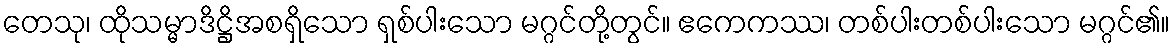
တေသု၊ ထိုသမ္မာဒိဋ္ဌိအစရှိသော ရှစ်ပါးသော မဂ္ဂင်တို့တွင်။ ဧကေကဿ၊ တစ်ပါးတစ်ပါးသော မဂ္ဂင်၏။